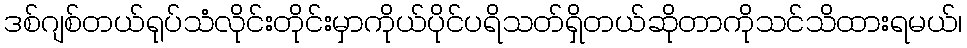
ဒစ်ဂျစ်တယ်ရုပ်သံလိုင်းတိုင်းမှာကိုယ်ပိုင်ပရိသတ်ရှိတယ်ဆိုတာကိုသင်သိထားရမယ်၊